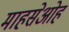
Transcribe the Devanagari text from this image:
माहसेओह